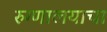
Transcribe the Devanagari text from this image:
रुग्णालयाचा